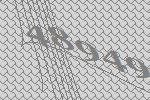
48949